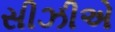
સીઝીએ